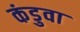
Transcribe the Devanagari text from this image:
कंडुवा